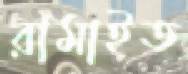
রামাইত